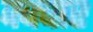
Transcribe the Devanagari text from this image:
ववचार